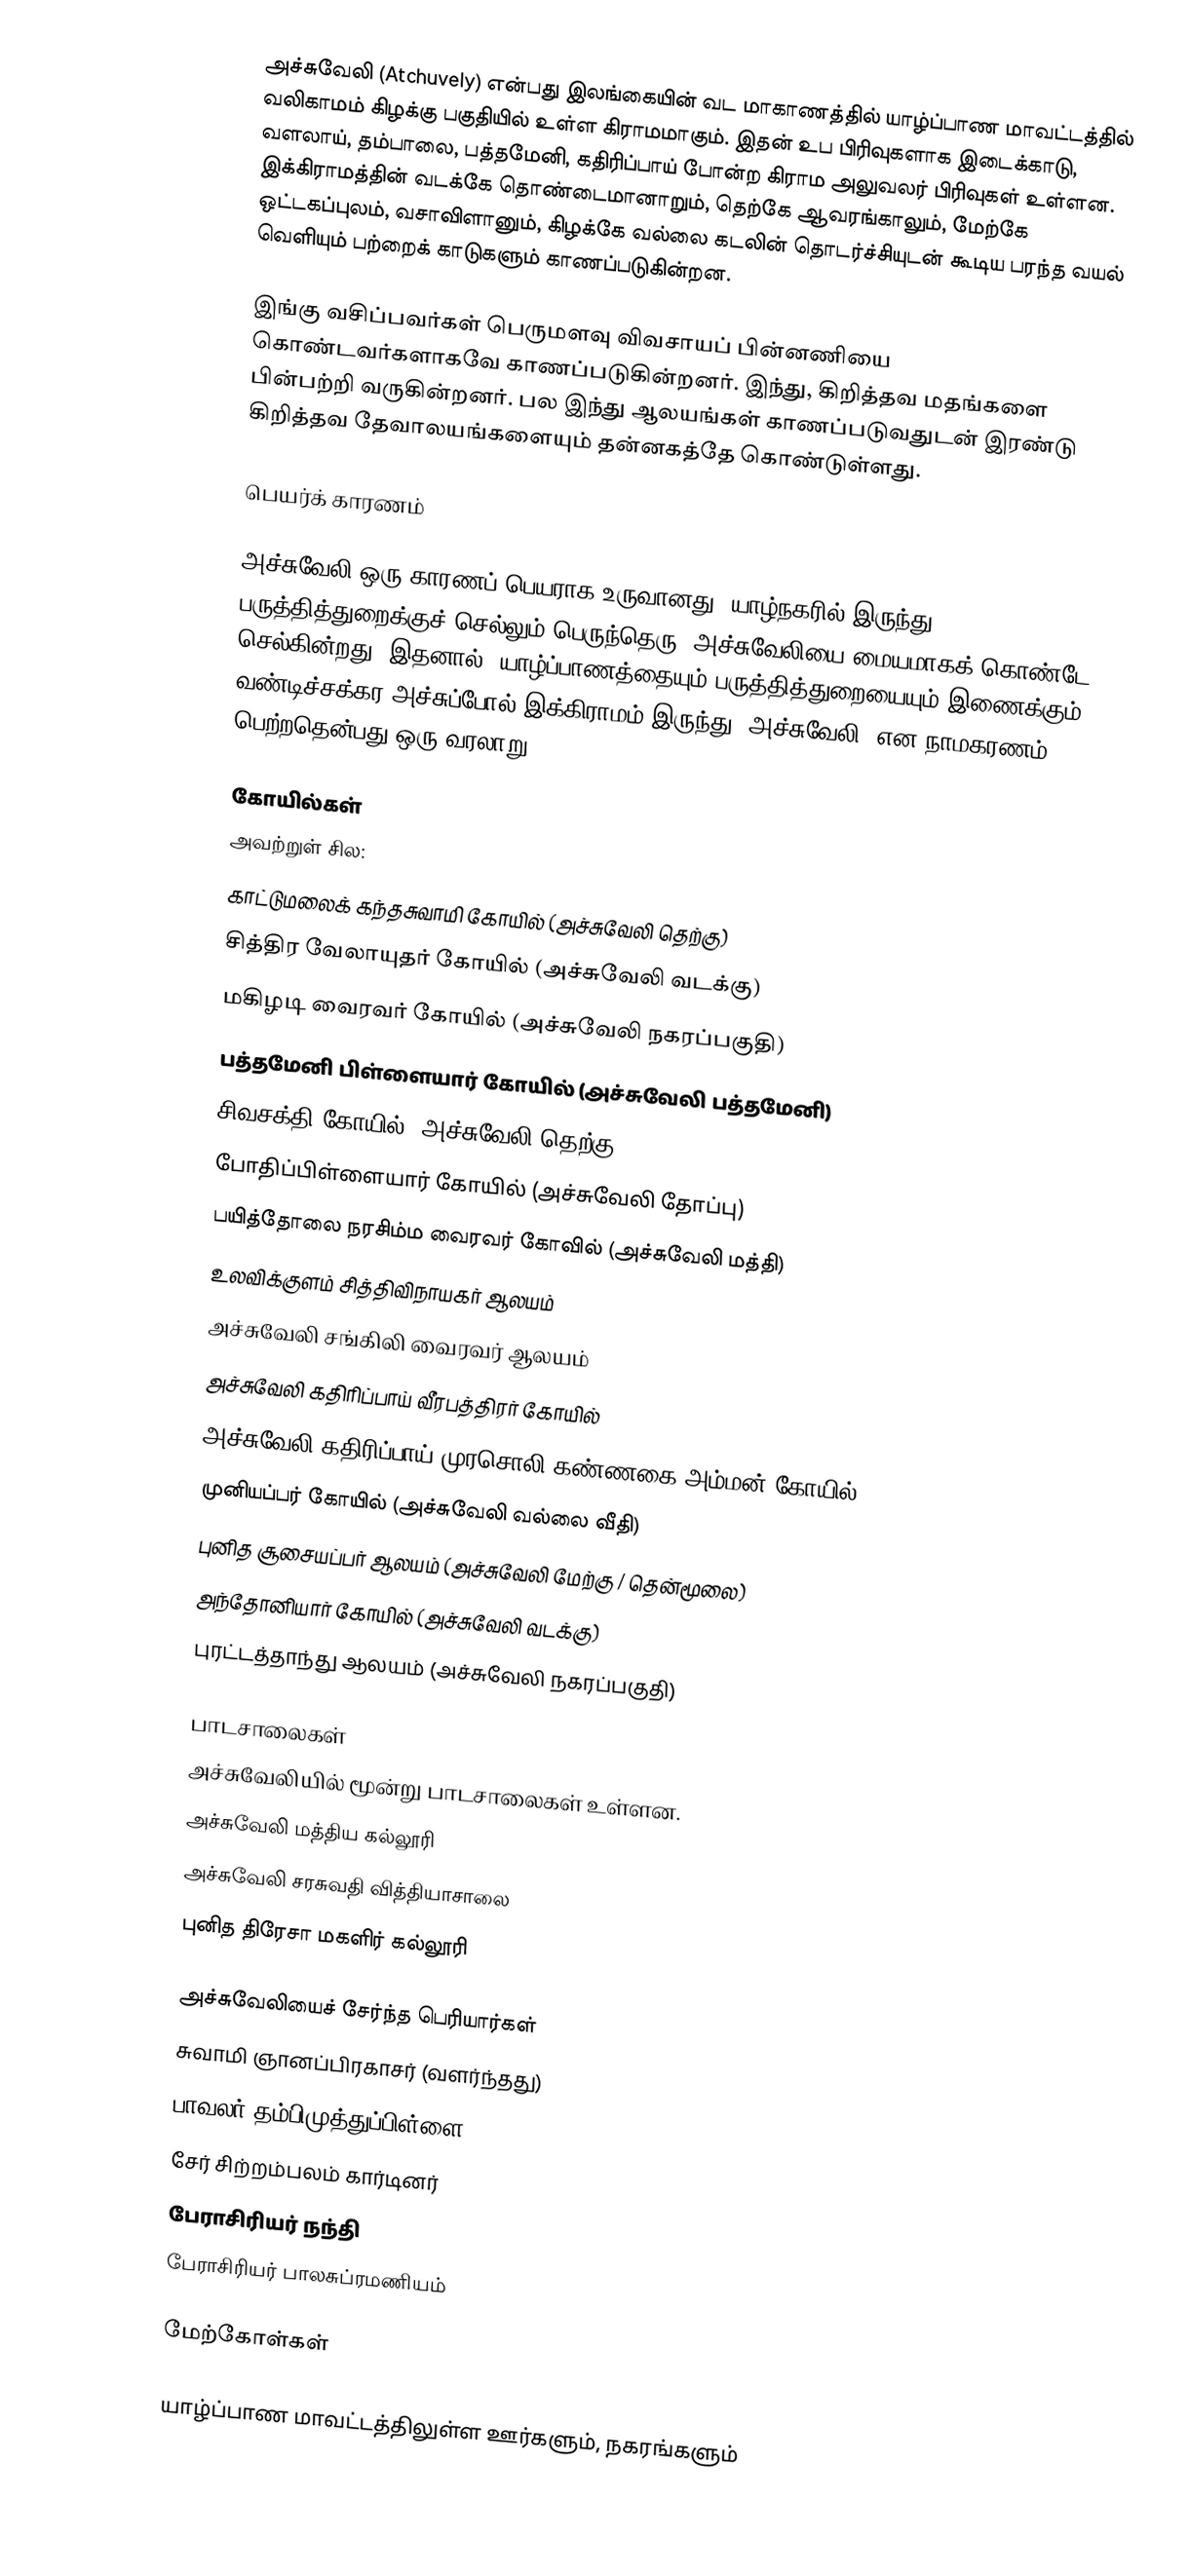
அச்சுவேலி (Atchuvely) என்பது இலங்கையின் வட மாகாணத்தில் யாழ்ப்பாண மாவட்டத்தில் வலிகாமம் கிழக்கு பகுதியில் உள்ள கிராமமாகும். இதன் உப பிரிவுகளாக இடைக்காடு, வளலாய், தம்பாலை, பத்தமேனி, கதிரிப்பாய் போன்ற கிராம அலுவலர் பிரிவுகள் உள்ளன. இக்கிராமத்தின் வடக்கே தொண்டைமானாறும், தெற்கே ஆவரங்காலும், மேற்கே ஒட்டகப்புலம், வசாவிளானும், கிழக்கே வல்லை கடலின் தொடர்ச்சியுடன் கூடிய பரந்த வயல் வெளியும் பற்றைக் காடுகளும் காணப்படுகின்றன.

இங்கு வசிப்பவர்கள் பெருமளவு விவசாயப் பின்னணியை கொண்டவர்களாகவே காணப்படுகின்றனர். இந்து, கிறித்தவ மதங்களை பின்பற்றி வருகின்றனர். பல இந்து ஆலயங்கள் காணப்படுவதுடன் இரண்டு கிறித்தவ தேவாலயங்களையும் தன்னகத்தே கொண்டுள்ளது.

பெயர்க் காரணம்

அச்சுவேலி ஒரு காரணப் பெயராக உருவானது. யாழ்நகரில் இருந்து பருத்தித்துறைக்குச் செல்லும் பெருந்தெரு, அச்சுவேலியை மையமாகக் கொண்டே செல்கின்றது. இதனால், யாழ்ப்பாணத்தையும் பருத்தித்துறையையும் இணைக்கும் வண்டிச்சக்கர அச்சுப்போல் இக்கிராமம் இருந்து “அச்சுவேலி” என நாமகரணம் பெற்றதென்பது ஒரு வரலாறு.

கோயில்கள்
அவற்றுள் சில:
காட்டுமலைக் கந்தசுவாமி கோயில் (அச்சுவேலி தெற்கு)
சித்திர வேலாயுதர் கோயில் (அச்சுவேலி வடக்கு)
மகிழடி வைரவர் கோயில் (அச்சுவேலி நகரப்பகுதி)
பத்தமேனி பிள்ளையார் கோயில் (அச்சுவேலி பத்தமேனி)
சிவசக்தி கோயில் (அச்சுவேலி தெற்கு)
போதிப்பிள்ளையார் கோயில் (அச்சுவேலி தோப்பு)
பயித்தோலை நரசிம்ம வைரவர் கோவில் (அச்சுவேலி மத்தி)
உலவிக்குளம் சித்திவிநாயகர் ஆலயம்
அச்சுவேலி சங்கிலி வைரவர் ஆலயம்
அச்சுவேலி கதிரிப்பாய் வீரபத்திரர் கோயில்
அச்சுவேலி கதிரிப்பாய் முரசொலி கண்ணகை அம்மன் கோயில்
முனியப்பர் கோயில் (அச்சுவேலி வல்லை வீதி)
புனித சூசையப்பர் ஆலயம் (அச்சுவேலி மேற்கு / தென்மூலை)
அந்தோனியார் கோயில் (அச்சுவேலி வடக்கு)
புரட்டத்தாந்து ஆலயம் (அச்சுவேலி நகரப்பகுதி)

பாடசாலைகள்
அச்சுவேலியில் மூன்று பாடசாலைகள் உள்ளன.
அச்சுவேலி மத்திய கல்லூரி
அச்சுவேலி சரசுவதி வித்தியாசாலை
புனித திரேசா மகளிர் கல்லூரி

அச்சுவேலியைச் சேர்ந்த பெரியார்கள்
சுவாமி ஞானப்பிரகாசர் (வளர்ந்தது)
பாவலர் தம்பிமுத்துப்பிள்ளை
சேர் சிற்றம்பலம் கார்டினர்
பேராசிரியர் நந்தி
பேராசிரியர் பாலசுப்ரமணியம்

மேற்கோள்கள்

யாழ்ப்பாண மாவட்டத்திலுள்ள ஊர்களும், நகரங்களும்